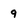
Character: 9